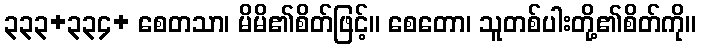
၃၃၃+၃၃၄+ စေတသာ၊ မိမိ၏စိတ်ဖြင့်။ စေတော၊ သူတစ်ပါးတို့၏စိတ်ကို။